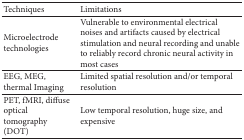
<table><thead><tr><td><b>Techniques</b></td><td><b>Limitations</b></td></tr></thead><tbody><tr><td>Microelectrode technologies</td><td>Vulnerable to environmental electrical noises and artifacts caused by electrical stimulation and neural recording and unable to reliably record chronic neural activity in most cases</td></tr><tr><td>EEG, MEG, thermal Imaging</td><td>Limited spatial resolution and/or temporal resolution</td></tr><tr><td>PET, fMRI, diffuse optical tomography (DOT)</td><td>Low temporal resolution, huge size, and expensive</td></tr></tbody></table>